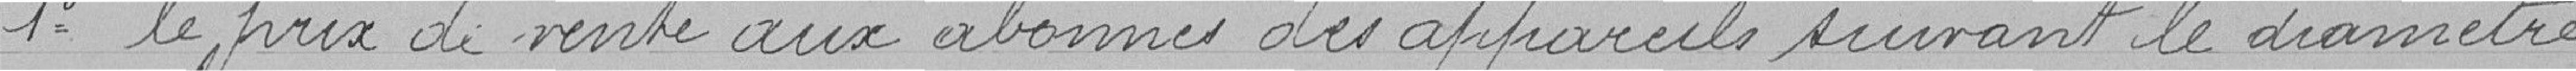
1° le prix de vente aux abonnés des appareils suivant le diamètre,